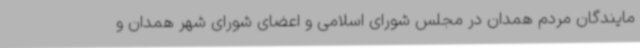
مایندگان مردم همدان در مجلس شورای اسلامی و اعضای شورای شهر همدان و